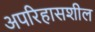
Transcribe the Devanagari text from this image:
अपरिहासशील